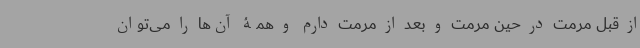
از قبل مرمت در حین مرمت و بعد از مرمت دارم و همۀ آن‌ها را می‌توان